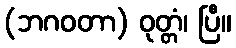
(ဘဂဝတာ) ဝုတ္တံ၊ ပြီ။